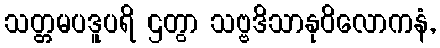
သတ္တမပဒူပရိ ဌတွာ သဗ္ဗဒိသာနုဝိလောကနံ,